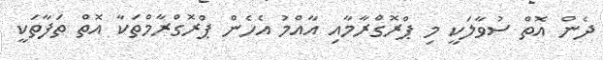
ދެން އޮތް ސުވާލަކީ މި ޕްރޮގްރާމާއި އާއްމު އެހެން ޕްރޮގްރާމްތަކާ އޮތް ތަފާތަކީ